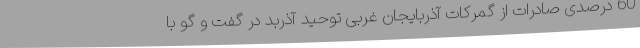
60 درصدی صادرات از گمرکات آذربایجان غربی توحید آذربد در گفت و گو با